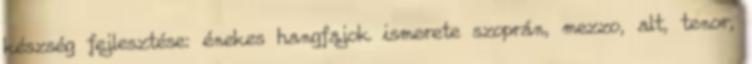
készség fejlesztése: énekes hangfajok ismerete szoprán, mezzo, alt, tenor,